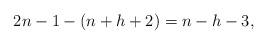
LaTeX: \begin{align*} 2n - 1 - (n + h + 2) = n - h - 3, \end{align*}